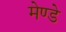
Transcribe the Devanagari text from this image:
मेण्डे